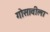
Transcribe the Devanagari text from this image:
गोसावीला